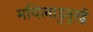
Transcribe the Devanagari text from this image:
मयिलाडुतुरई